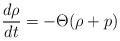
\begin{align*}\frac{d \rho}{dt}=-\Theta (\rho+p)\end{align*}